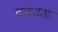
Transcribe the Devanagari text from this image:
दबउआ